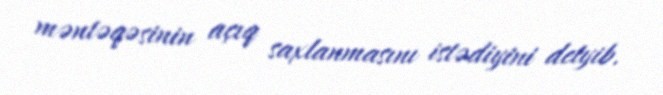
məntəqəsinin açıq saxlanmasını istədiyini detyib.